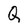
Character: Q